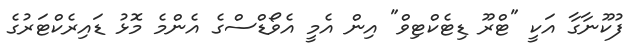
ފުކޫނާގާ އަކީ "ޓްރޫ ޑިޓެކްޓިވް" އިން އެމީ އެވޯޑްސްގެ އެންމެ މޮޅު ޑައިރެކްޓަރުގެ